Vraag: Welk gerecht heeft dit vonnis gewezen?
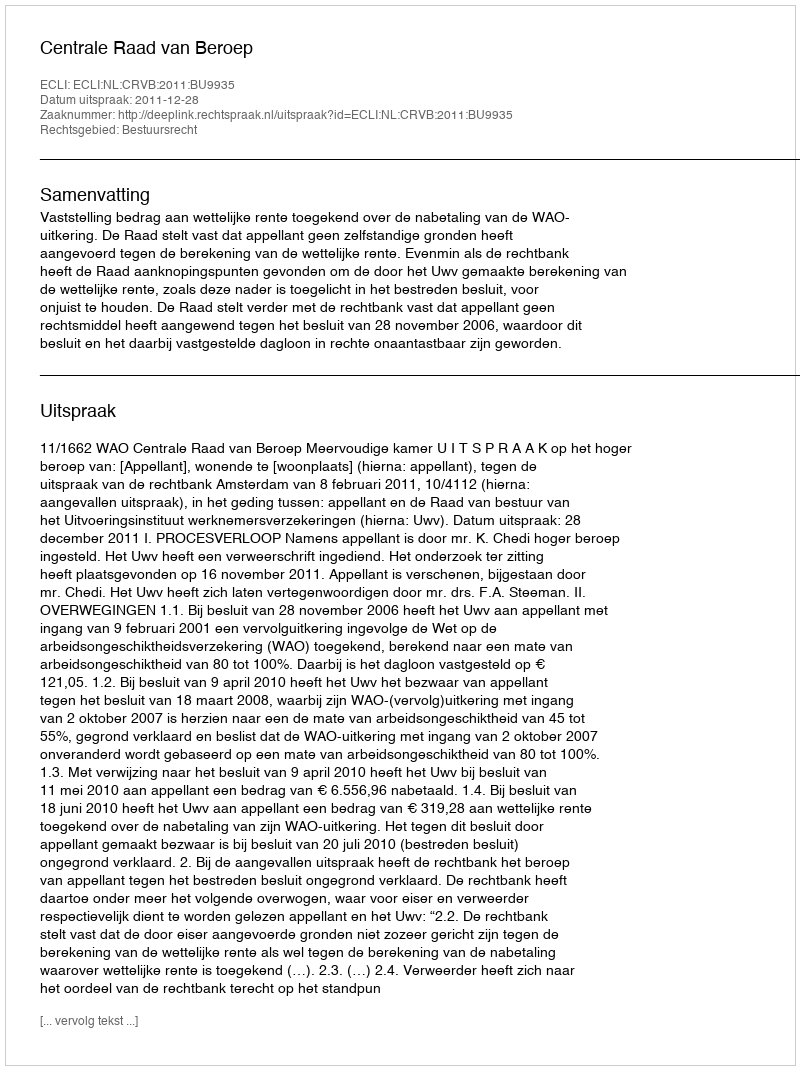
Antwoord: Centrale Raad van Beroep